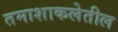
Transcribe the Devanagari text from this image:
तमाशाकलेतील